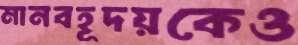
মানবহূদয়কেও